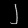
Digit: ၂